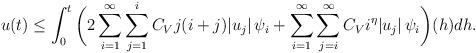
LaTeX: \begin{align*} u(t) & \leq \int_{0}^{t}\bigg(2\sum_{i=1}^{\infty} \sum_{j=1}^{i}C_{V} j (i+j) |u_j|\,\psi_i + \sum_{i=1}^{\infty} \sum_{j=i}^{\infty} C_V i^{\eta} |u_j|\, \psi_i \bigg)(h) dh.\\\end{align*}